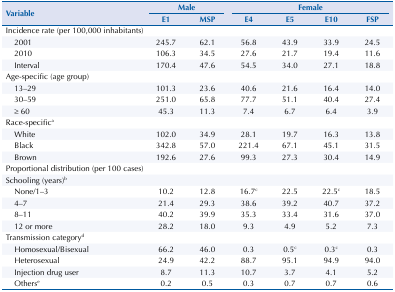
<table><thead><tr><td rowspan="3"><b>Variable</b></td><td colspan="2"><b>Male</b></td><td colspan="4"><b>Female</b></td></tr><tr><td><b>E1</b></td><td><b>MSP</b></td><td><b>E4</b></td><td><b>E5</b></td><td><b>E10</b></td><td><b>FSP</b></td></tr></thead><tbody><tr><td colspan="7">Incidence rate (per 100,000 inhabitants)</td></tr><tr><td>2001</td><td>245.7</td><td>62.1</td><td>56.8</td><td>43.9</td><td>33.9</td><td>24.5</td></tr><tr><td>2010</td><td>106.3</td><td>34.5</td><td>27.6</td><td>21.7</td><td>19.4</td><td>11.6</td></tr><tr><td>Interval</td><td>170.4</td><td>47.6</td><td>54.5</td><td>34.0</td><td>27.1</td><td>18.8</td></tr><tr><td colspan="7">Age-specific (age group)</td></tr><tr><td>13–29</td><td>101.3</td><td>23.6</td><td>40.6</td><td>21.6</td><td>16.4</td><td>14.0</td></tr><tr><td>30–59</td><td>251.0</td><td>65.8</td><td>77.7</td><td>51.1</td><td>40.4</td><td>27.4</td></tr><tr><td>≥ 60</td><td>45.3</td><td>11.3</td><td>7.4</td><td>6.7</td><td>6.4</td><td>3.9</td></tr><tr><td colspan="7">Race-specific<sup>a</sup></td></tr><tr><td>White</td><td>102.0</td><td>34.9</td><td>28.1</td><td>19.7</td><td>16.3</td><td>13.8</td></tr><tr><td>Black</td><td>342.8</td><td>57.0</td><td>221.4</td><td>67.1</td><td>45.1</td><td>31.5</td></tr><tr><td>Brown</td><td>192.6</td><td>27.6</td><td>99.3</td><td>27.3</td><td>30.4</td><td>14.9</td></tr><tr><td colspan="7">Proportional distribution (per 100 cases)</td></tr><tr><td>Schooling (years)<sup>b</sup></td><td> </td><td> </td><td> </td><td> </td><td> </td><td> </td></tr><tr><td>None/1–3</td><td>10.2</td><td>12.8</td><td>16.7<sup>c</sup></td><td>22.5</td><td>22.5<sup>c</sup></td><td>18.5</td></tr><tr><td>4–7</td><td>21.4</td><td>29.3</td><td>38.6</td><td>39.2</td><td>40.7</td><td>37.2</td></tr><tr><td>8–11</td><td>40.2</td><td>39.9</td><td>35.3</td><td>33.4</td><td>31.6</td><td>37.0</td></tr><tr><td>12 or more</td><td>28.2</td><td>18.0</td><td>9.3</td><td>4.9</td><td>5.2</td><td>7.3</td></tr><tr><td colspan="7">Transmission category<sup>d</sup></td></tr><tr><td>Homosexual/Bisexual</td><td>66.2</td><td>46.0</td><td>0.3</td><td>0.5<sup>c</sup></td><td>0.3<sup>c</sup></td><td>0.3</td></tr><tr><td>Heterosexual</td><td>24.9</td><td>42.2</td><td>88.7</td><td>95.1</td><td>94.9</td><td>94.0</td></tr><tr><td>Injection drug user</td><td>8.7</td><td>11.3</td><td>10.7</td><td>3.7</td><td>4.1</td><td>5.2</td></tr><tr><td>Others<sup>e</sup></td><td>0.2</td><td>0.5</td><td>0.3</td><td>0.7</td><td>0.7</td><td>0.6</td></tr></tbody></table>